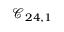
\mathcal { C } _ { 2 4 , 1 }